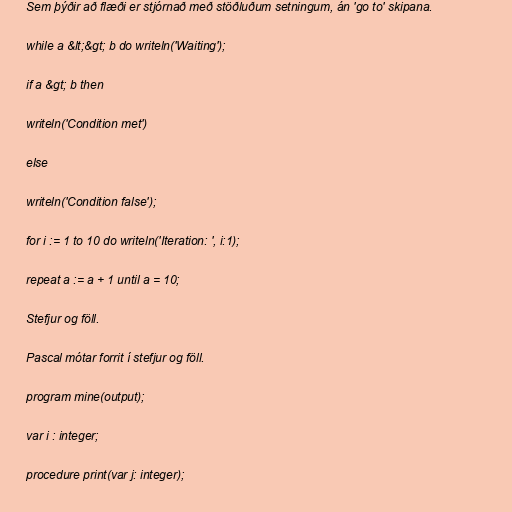
Sem þýðir að flæði er stjórnað með stöðluðum setningum, án 'go to' skipana.

while a &lt;&gt; b do writeln('Waiting');

if a &gt; b then

writeln('Condition met')

else

writeln('Condition false');

for i := 1 to 10 do writeln('Iteration: ', i:1);

repeat a := a + 1 until a = 10;

Stefjur og föll.

Pascal mótar forrit í stefjur og föll.

program mine(output);

var i : integer;

procedure print(var j: integer);